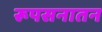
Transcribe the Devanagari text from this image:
रूपसनातन